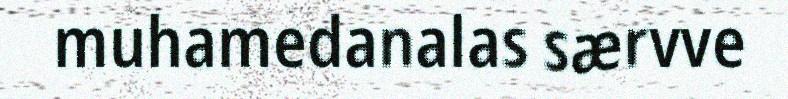
muhamedanalas særvve